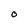
Character: O